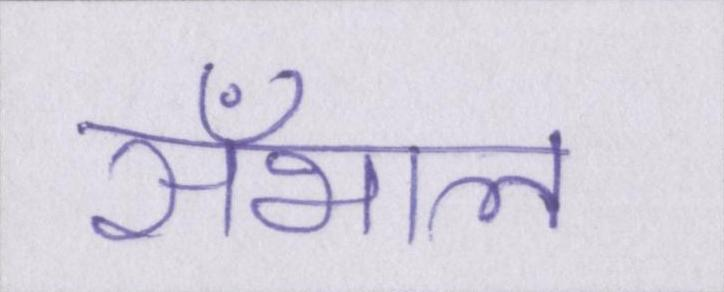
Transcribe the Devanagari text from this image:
सँभाल